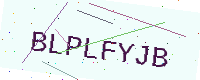
Text: BLPLFYJB